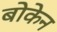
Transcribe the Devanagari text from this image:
बोकेन